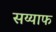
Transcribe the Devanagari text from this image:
सय्याफ